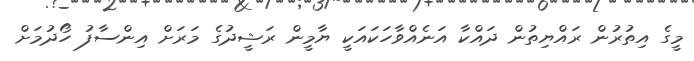
މީގެ އިތުރުން ރައްޔިތުން ދައްކާ އަނެއްވާހަކައަކީ ޔާމީން ރަޝީދުގެ މަރަށް އިންސާފު ހޯދުމަށް